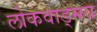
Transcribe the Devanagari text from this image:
लोकवाड्मय